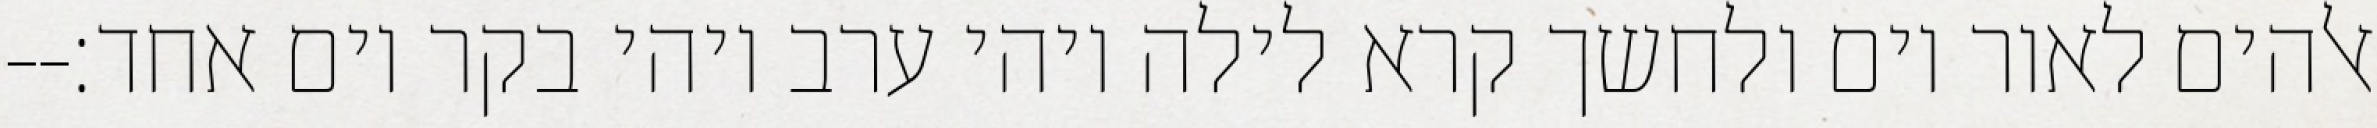
אלהים לאור יום ולחשך קרא לילה ויהי ערב ויהי בקר יום אחד׃--